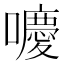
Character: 𡂻